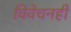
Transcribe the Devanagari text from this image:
विवेचनही